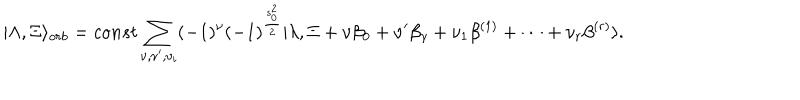
LaTeX: | \Lambda , \Xi \rangle _ { o r b } = c o n s t \sum _ { \nu , \nu ^ { \prime } , \nu _ { i } } ( - 1 ) ^ { \nu } ( - 1 ) ^ { \frac { s _ { 0 } ^ { 2 } } { 2 } } | \lambda , \Xi + \nu \beta _ { 0 } + \nu ^ { \prime } \beta _ { \gamma } + \nu _ { 1 } \beta ^ { ( 1 ) } + \dots + \nu _ { r } \beta ^ { ( r ) } \rangle .